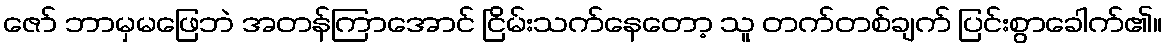
ဇော် ဘာမှမဖြေဘဲ အတန်ကြာအောင် ငြိမ်းသက်နေတော့ သူ တက်တစ်ချက် ပြင်းစွာခေါက်၏။